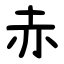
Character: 赤